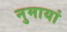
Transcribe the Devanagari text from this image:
नुमायां